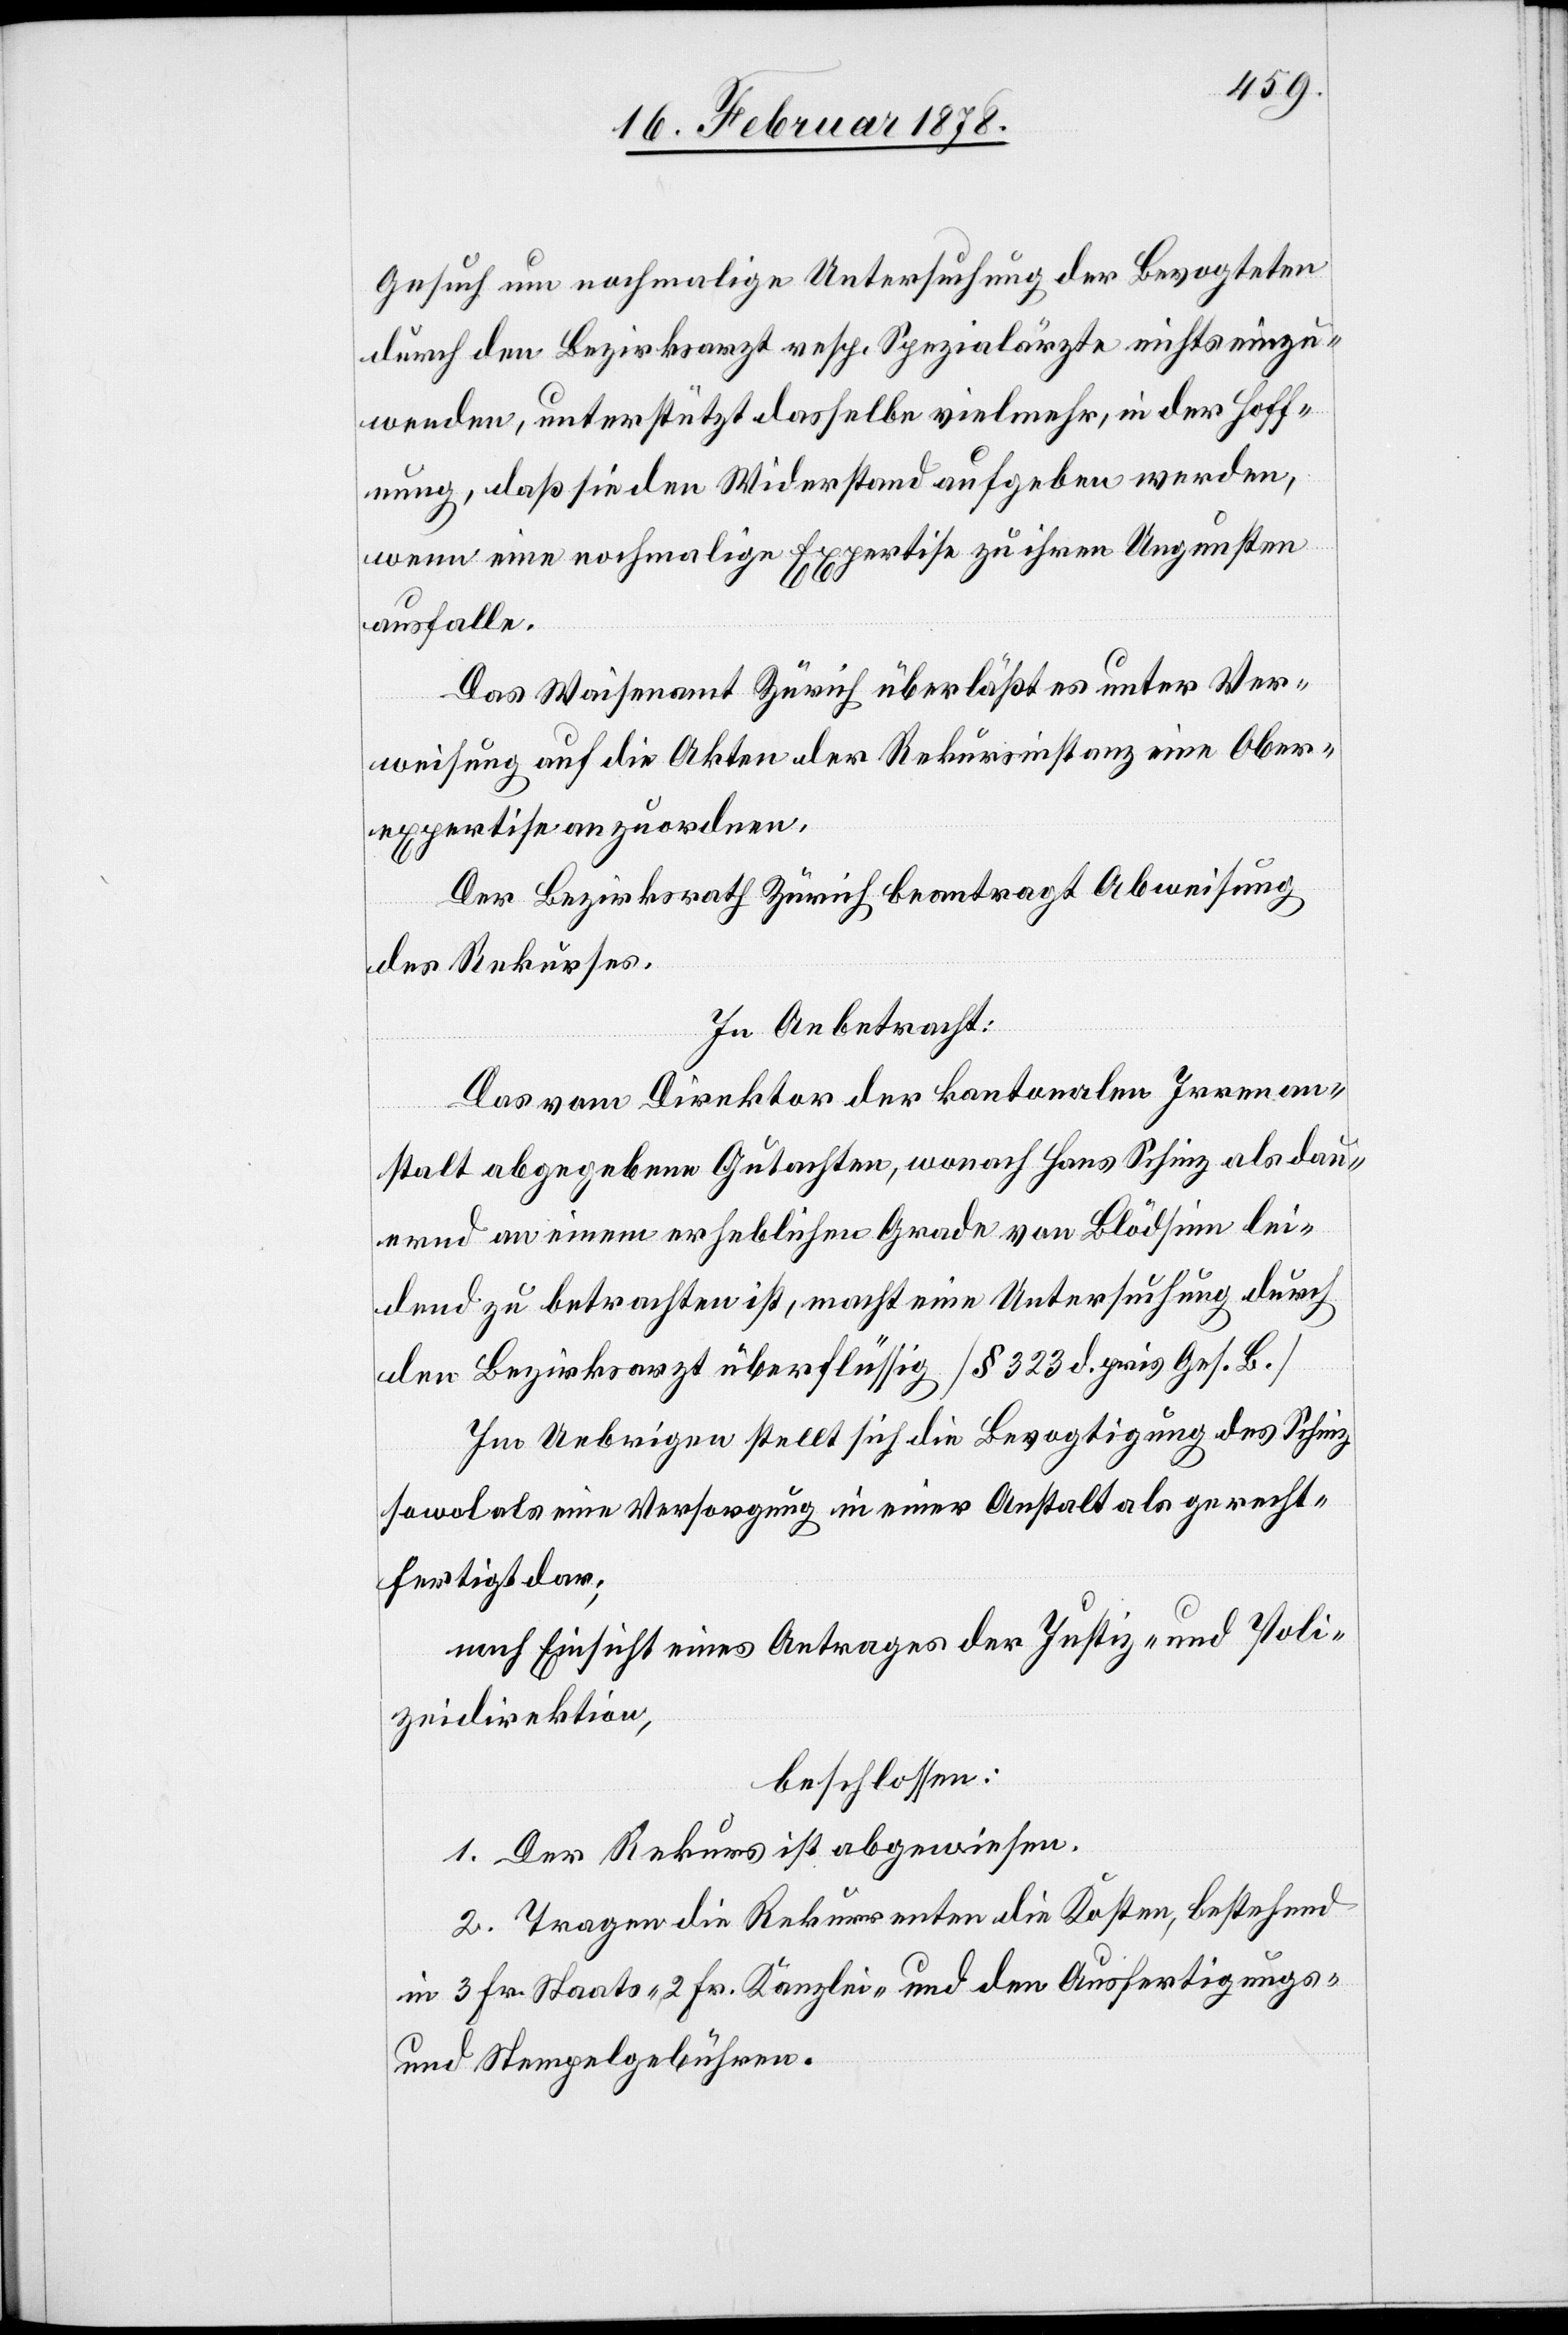
Gesuch um nochmalige Untersuchung der Bevogteten
durch den Bezirksarzt resp. Spezialärzte nichts einzu¬
wenden, unterstützt dasselbe vielmehr, in der Hoff¬
nung, daß sie den Widerstand aufgeben werden,
wenn eine nochmalige Expertise zu ihren Ungunsten
ausfalle.
Das Waisenamt Zürich überläßt es unter Ver¬
weisung auf die Akten der Rekursinstanz eine Ober¬
expertise anzuordnen.
Der Bezirksrath Zürich beantragt Abweisung
des Rekurses.
In Anbetracht:
Das vom Direktor der kantonalen Irrenan¬
stalt abgegebene Gutachten, wonach Hans Schinz als dau¬
ernd an einem erheblichen Grade von Blödsinn lei¬
dend zu betrachten ist, macht eine Untersuchung durch
den Bezirksarzt überflüssig (§ 323 d. priv. Ges. B.)
Im Uebrigen stellt sich die Bevogtigung des Schinz
sowol als eine Versorgung in einer Anstalt als gerecht¬
fertigt dar;
nach Einsicht eines Antrages der Justiz- und Poli¬
zeidirektion,
beschlossen:
1. Der Rekurs ist abgewiesen.
2. Tragen die Rekurrenten die Kosten, bestehend
in 3 Fr. Staats-[,] 2 Fr. Kanzlei- und den Ausfertigungs-
und Stempelgebühren.